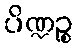
ပိဏ္ဍဉ္စ